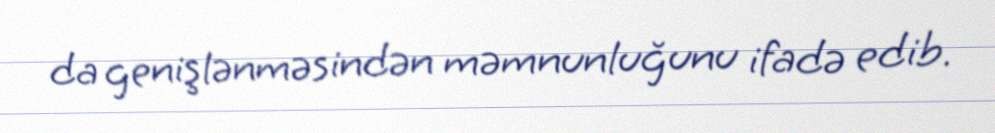
da genişlənməsindən məmnunluğunu ifadə edib.